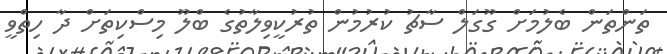
ތަންތަން ބެލުމަށް ގޫގަލް ސާޗު ކުރުމުން ތުރުކީވިލާތުގެ ބްލޫ މިސްކިތަށް ދާ ހިތްވީ